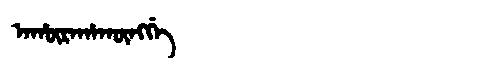
Manchu: ᠠᡥᡡᡵᠠᡥᠠᡴᡡᠩᡤᡝ
Romanization: AHŪRAHAKŪNGGE